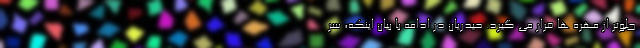
جلوتر از مهره ها قرار می گیرد. حیدریان در ادامه با بیان اینکه، سر